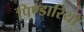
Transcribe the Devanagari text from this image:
पिण्डारियों